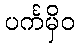
ပင်္ကမှိဝ